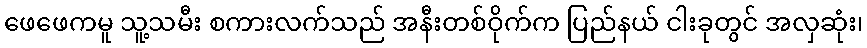
ဖေဖေကမူ သူ့သမီး စကားလက်သည် အနီးတစ်ဝိုက်က ပြည်နယ် ငါးခုတွင် အလှဆုံး၊